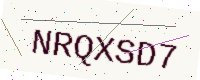
Text: NRQXSD7